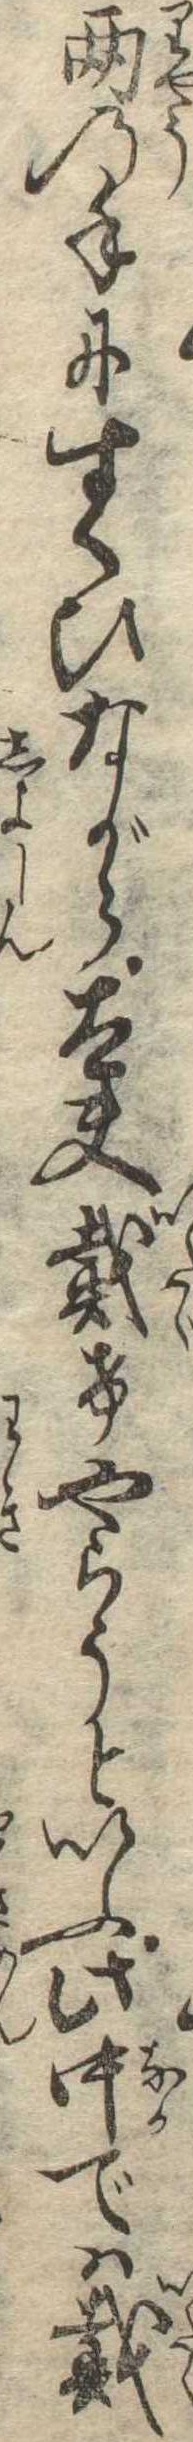
両の手にすくひながら太夫戴けやらうといふ此中では戴